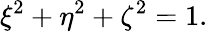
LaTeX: \xi^{2}+\eta^{2}+\zeta^{2}=1.